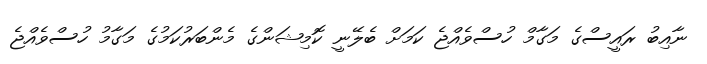
ނާއިބު ރައީސްގެ މަގާމް ހުސްވެއްޖެ ކަމަށް ބެލޭނީ ކޮމިޝަންގެ މެންބަރުކަމުގެ މަގާމު ހުސްވެއްޖެ